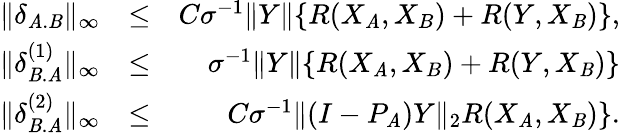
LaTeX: \begin{array}{rlr}{\| \delta_{\mathit{A}.\mathit{B}}\| _{\infty}}&{\leq}&{C\sigma^{-1}\| Y\| \{ R(X_{\mathit{A}},X_{B})+R(Y,X_{\mathit{B}})\} ,}\\ {\| \delta_{\mathit{B}.\mathit{A}}^{(1)}\| _{\infty}}&{\leq}&{\sigma^{-1}\| Y\| \{ R(X_{\mathit{A}},X_{B})+R(Y,X_{\mathit{B}})\} }\\ {\| \delta_{\mathit{B}.\mathit{A}}^{(2)}\| _{\infty}}&{\leq}&{C\sigma^{-1}\| (I-P_{\mathit{A}})Y\| _{2}R(X_{\mathit{A}},X_{\mathit{B}})\} .}\end{array}